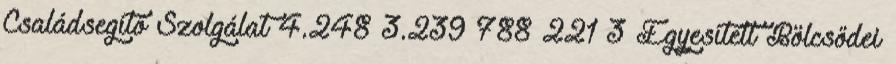
Családsegítő Szolgálat 4.248 3.239 788 221 3 Egyesített Bölcsődei